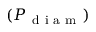
( P _ { \mathrm { ~ d ~ i ~ a ~ m ~ } } )